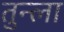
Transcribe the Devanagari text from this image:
तुन्ला